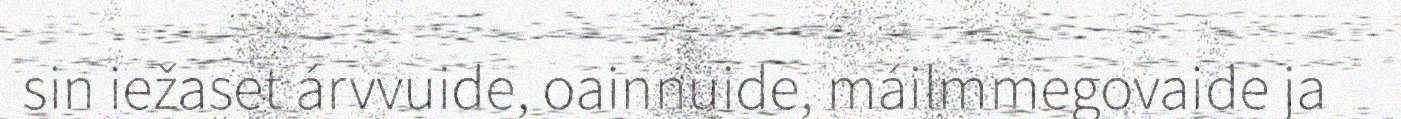
sin iežaset árvvuide, oainnuide, máilmmegovaide ja